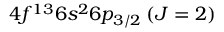
4 f ^ { 1 3 } 6 s ^ { 2 } 6 p _ { 3 / 2 } \: ( J = 2 )